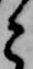
と